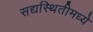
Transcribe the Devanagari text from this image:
सद्यस्थितीमध्ये